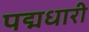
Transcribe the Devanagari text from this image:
पद्मधारी